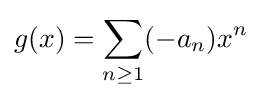
g(x)=\sum _{n\geq 1}(-a_{n})x^{n}